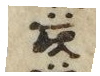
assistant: בו